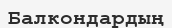
Балкондардың